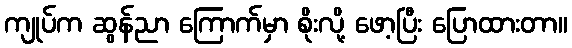
ကျုပ်က ဆွန်ညာ ကြောက်မှာ စိုးလို့ ဖော့ပြီး ပြောထားတာ။